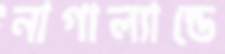
নাগাল্যান্ডে